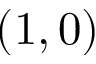
( 1 , 0 )